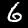
Digit: 6